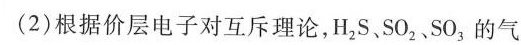
(2)根据价层电子对互斥理论，H_{2}S.SO_{2}，SO_{3}，的气